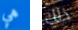
هي ذلك